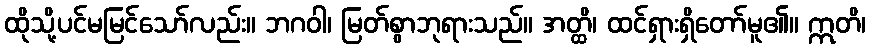
ထိုသို့ပင်မမြင်သော်လည်း။ ဘဂဝါ၊ မြတ်စွာဘုရားသည်။ အတ္ထိ၊ ထင်ရှားရှိတော်မူ၏။ ဣတိ၊